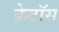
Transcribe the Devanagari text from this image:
क्रेटॉस